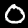
Label: 0